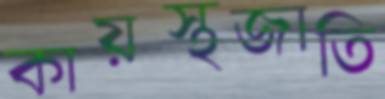
কায়স্থজাতি